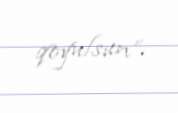
qoyulsun”.